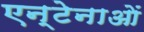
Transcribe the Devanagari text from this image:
एन्टेनाओं